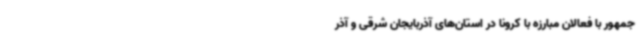
جمهور با فعالان مبارزه با کرونا در استان‌های آذربایجان شرقی و آذر